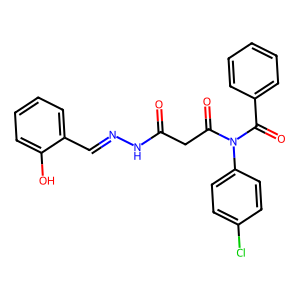
SMILES: O=C(CC(=O)N(C(=O)c1ccccc1)c1ccc(Cl)cc1)NN=Cc1ccccc1O
Inhibits HIV replication: No